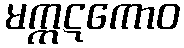
မက္ကဋကောဝ